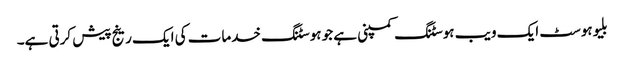
بلیوہوسٹ ایک ویب ہوسٹنگ کمپنی ہے جو ہوسٹنگ خدمات کی ایک رینج پیش کرتی ہے۔